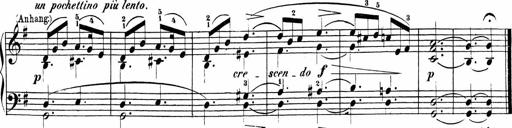
Title: Sonatinas
Composer: Andrew Violette